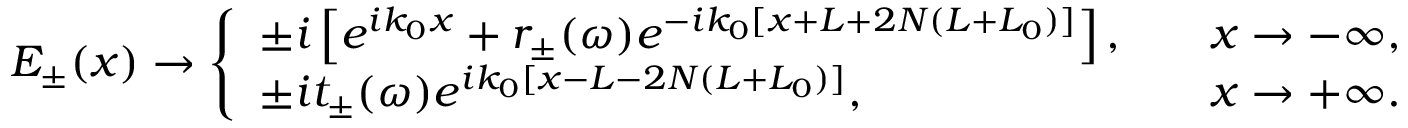
E _ { \pm } ( x ) \rightarrow \left\{ \begin{array} { l l } { \pm i \left[ e ^ { i k _ { 0 } x } + r _ { \pm } ( \omega ) e ^ { - i k _ { 0 } [ x + L + 2 N ( L + L _ { 0 } ) ] } \right] , } & { \quad x \rightarrow - \infty , } \\ { \pm i t _ { \pm } ( \omega ) e ^ { i k _ { 0 } [ x - L - 2 N ( L + L _ { 0 } ) ] } , } & { \quad x \rightarrow + \infty . } \end{array} \right.